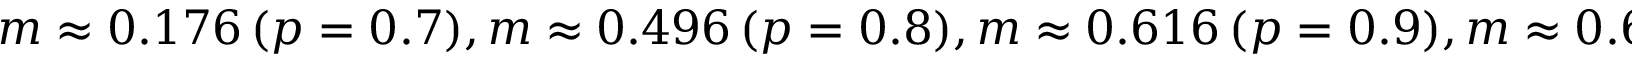
m \approx 0 . 1 7 6 \, ( p = 0 . 7 ) , m \approx 0 . 4 9 6 \, ( p = 0 . 8 ) , m \approx 0 . 6 1 6 \, ( p = 0 . 9 ) , m \approx 0 . 6 7 2 \, ( p = 1 . 0 )